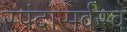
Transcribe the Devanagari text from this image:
स्पंदासर्वस्व